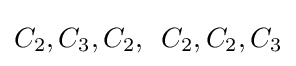
C_{2},C_{3},C_{2},\ \,C_{2},C_{2},C_{3}